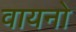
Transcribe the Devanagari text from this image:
वायनो